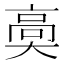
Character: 䯨